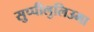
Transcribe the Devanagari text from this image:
सुप्पीलुलिउमा